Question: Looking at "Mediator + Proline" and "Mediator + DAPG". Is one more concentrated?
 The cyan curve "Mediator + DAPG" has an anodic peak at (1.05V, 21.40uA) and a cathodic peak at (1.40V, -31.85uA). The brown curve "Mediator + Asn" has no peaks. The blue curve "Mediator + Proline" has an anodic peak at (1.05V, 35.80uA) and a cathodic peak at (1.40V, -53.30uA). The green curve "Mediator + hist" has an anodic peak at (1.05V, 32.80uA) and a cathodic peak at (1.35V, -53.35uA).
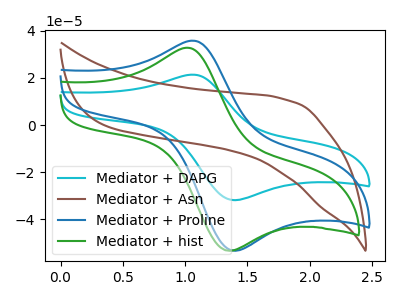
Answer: <think>All the peaks in "Mediator + Proline" have a peak in "Mediator + DAPG" at the same potential. Every peak in "Mediator + Proline" is higher than every peak in "Mediator + DAPG".
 </think>
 <answer>"Mediator + Proline" has more signal than "Mediator + DAPG" and so likely has a higher concentration.</answer>
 <eval>more_concentration</eval>